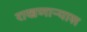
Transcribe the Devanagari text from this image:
राखणाऱ्यास